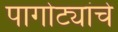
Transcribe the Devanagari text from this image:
पागोट्यांचे